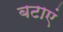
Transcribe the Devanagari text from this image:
बटाएं